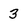
Character: 3